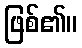
ဖြစ်၏။